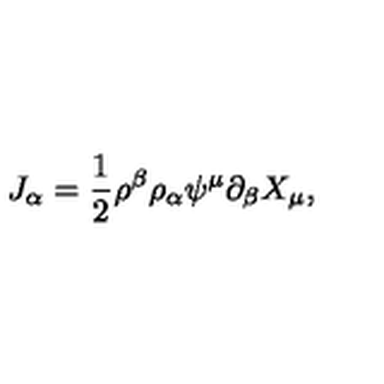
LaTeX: J _ { \alpha } = \frac { 1 } { 2 } \rho ^ { \beta } \rho _ { \alpha } \psi ^ { \mu } \partial _ { \beta } X _ { \mu } ,